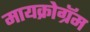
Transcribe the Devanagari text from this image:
मायक्रोग्रॅम